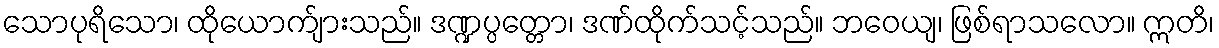
သောပုရိသော၊ ထိုယောက်ျားသည်။ ဒဏ္ဍပ္ပတ္တော၊ ဒဏ်ထိုက်သင့်သည်။ ဘဝေယျ၊ ဖြစ်ရာသလော။ ဣတိ၊